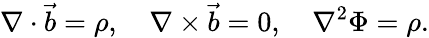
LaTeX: \nabla\cdot\vec{b}=\rho,\quad\nabla\times\vec{b}=0,\quad\nabla^{2}\Phi=\rho.